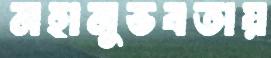
মহানুভবতায়